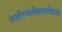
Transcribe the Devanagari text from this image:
पालीएथेलीनग्लायिकाल